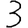
Digit: 3